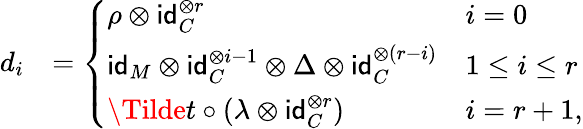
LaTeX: \begin{array}{rl}{d_{i}}&{=\left\{ \begin{array}{ll}{\rho\otimes\mathsf{id}_{C}^{\otimes r}}&{i=0}\\ {\mathsf{id}_{M}\otimes\mathsf{id}_{C}^{\otimes i-1}\otimes\Delta\otimes\mathsf{id}_{C}^{\otimes(r-i)}}&{1\le i\le r}\\ {\Tilde{t}\circ(\lambda\otimes\mathsf{id}_{C}^{\otimes r})}&{i=r+1,}\end{array}\right.}\end{array}